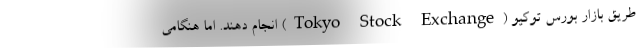
طریق بازار بورس توکیو (Tokyo Stock Exchange) انجام دهند. اما هنگامی